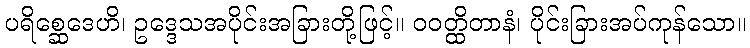
ပရိစ္ဆေဒေဟိ၊ ဥဒ္ဒေသအပိုင်းအခြားတို့ဖြင့်။ ဝဝတ္ထိတာနံ၊ ပိုင်းခြားအပ်ကုန်သော။